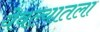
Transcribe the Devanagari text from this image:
येवल्यातला